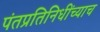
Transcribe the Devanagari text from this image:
पंतप्रतिनिधींच्याच